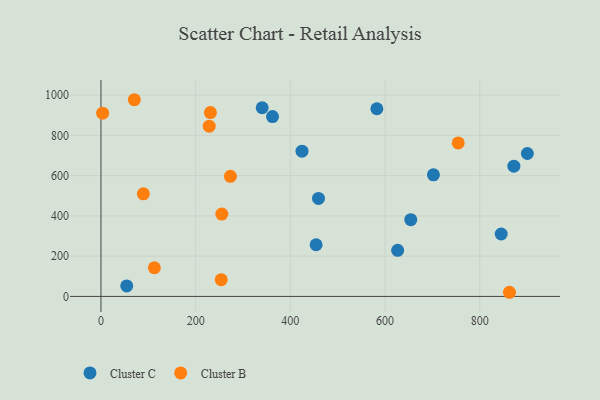
{"axis": {"x": "Ad Spend", "y": "Demand"}, "legend": ["Cluster B", "Cluster C"], "data": [{"x": "454.4", "y": 256.6, "type": "Cluster C"}, {"x": "362.3", "y": 893.1, "type": "Cluster C"}, {"x": "54.4", "y": 51.9, "type": "Cluster C"}, {"x": "845.3", "y": 310.0, "type": "Cluster C"}, {"x": "654.3", "y": 381.0, "type": "Cluster C"}, {"x": "626.6", "y": 228.9, "type": "Cluster C"}, {"x": "582.7", "y": 932.2, "type": "Cluster C"}, {"x": "459.4", "y": 487.0, "type": "Cluster C"}, {"x": "424.6", "y": 721.4, "type": "Cluster C"}, {"x": "702.2", "y": 604.2, "type": "Cluster C"}, {"x": "340.5", "y": 937.1, "type": "Cluster C"}, {"x": "900.6", "y": 709.9, "type": "Cluster C"}, {"x": "872.1", "y": 647.0, "type": "Cluster C"}, {"x": "70.5", "y": 977.0, "type": "Cluster B"}, {"x": "862.8", "y": 20.6, "type": "Cluster B"}, {"x": "3.5", "y": 910.2, "type": "Cluster B"}, {"x": "112.8", "y": 142.4, "type": "Cluster B"}, {"x": "255.3", "y": 409.1, "type": "Cluster B"}, {"x": "228.6", "y": 845.7, "type": "Cluster B"}, {"x": "254.0", "y": 83.3, "type": "Cluster B"}, {"x": "273.4", "y": 596.6, "type": "Cluster B"}, {"x": "754.5", "y": 762.6, "type": "Cluster B"}, {"x": "231.1", "y": 913.3, "type": "Cluster B"}, {"x": "89.5", "y": 509.6, "type": "Cluster B"}]}